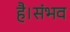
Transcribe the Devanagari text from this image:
है।संभव